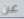
عن